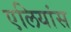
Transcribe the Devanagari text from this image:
एलियांस